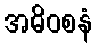
အဓိဝစနံ